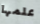
علمها